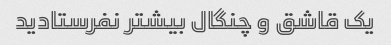
یک قاشق و چنگال بیشتر نفرستادید